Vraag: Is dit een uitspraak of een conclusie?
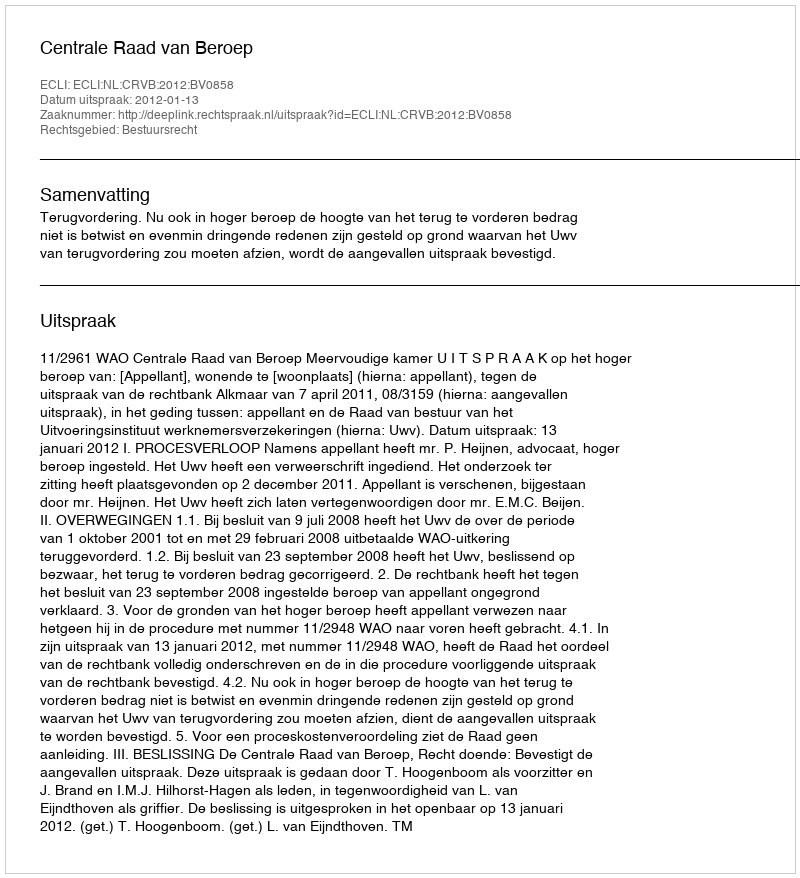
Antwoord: Uitspraak